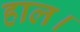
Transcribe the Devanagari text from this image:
हाल।